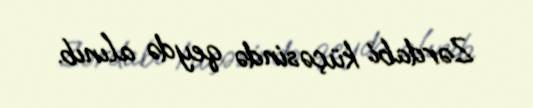
Zərdabi küçəsində qeydə alınıb.